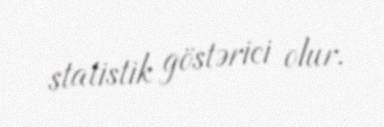
statistik göstərici olur.